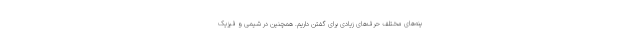
ینه‌های مختلف حرف‌های زیادی برای گفتن داریم. همچنین در شیمی و فیزیک